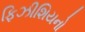
ફિઝીશિયનો